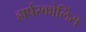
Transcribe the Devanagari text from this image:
हार्परकोलिंस